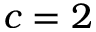
c = 2